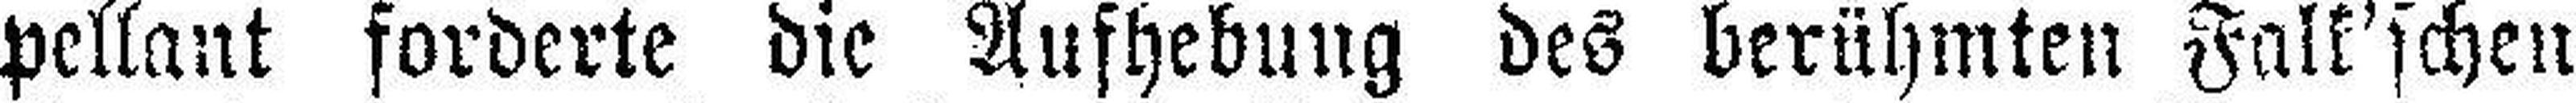
pellant forderte die Aufhebung des berühmten Falk'schen